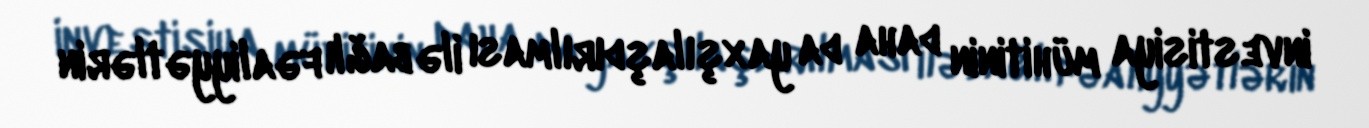
investisiya mühitinin daha da yaxşılaşdırılması ilə bağlı fəaliyyətlərin